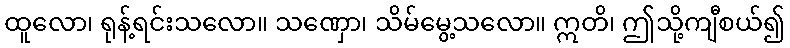
ထူလော၊ ရုန့်ရင်းသလော။ သဏှော၊ သိမ်မွေ့သလော။ ဣတိ၊ ဤသို့ကျီစယ်၍